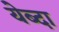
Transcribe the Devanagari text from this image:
येब्दा